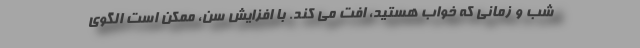
شب و زمانی که خواب هستید، افت می کند. با افزایش سن، ممکن است الگوی